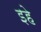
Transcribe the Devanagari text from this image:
इहे